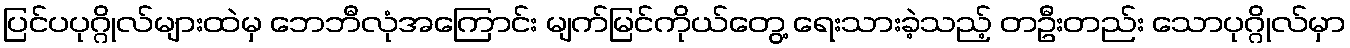
ပြင်ပပုဂ္ဂိုလ်များထဲမှ ဘေဘီလုံအကြောင်း မျက်မြင်ကိုယ်တွေ့ ရေးသားခဲ့သည့် တဦးတည်း သောပုဂ္ဂိုလ်မှာ